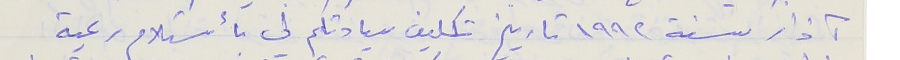
آذار سنة ١٩٩٢ تاريخ تكليف سيادتكم لى بأستلام رعية